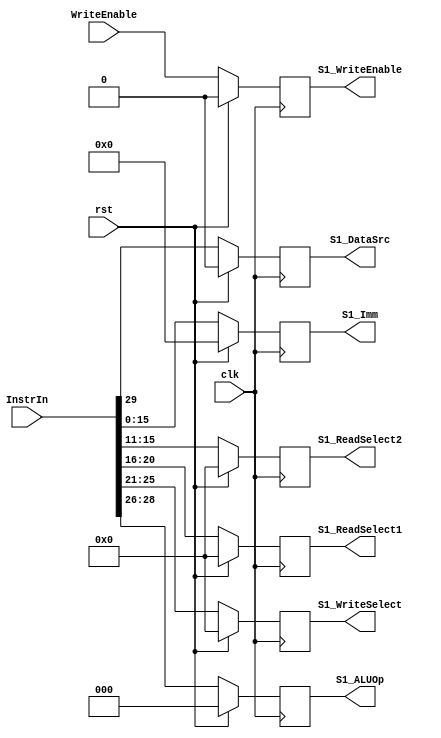
`timescale 1ns / 1ps
//////////////////////////////////////////////////////////////////////////////////
// Company: 
// Engineer: 
// 
// Design Name: 
// Module Name:    S1_Register 
// Project Name: 
// Target Devices: 
// Tool versions: 
// Description: 
//
// Dependencies: 
//
// Revision: 
// Revision 0.01 - File Created
// Additional Comments: 
//
//////////////////////////////////////////////////////////////////////////////////
module S1_Register(
	input clk,
	input rst,
	input [31:0] InstrIn,
	input WriteEnable,
	output reg [4:0] S1_ReadSelect1,
	output reg [4:0] S1_ReadSelect2,
	output reg [15:0] S1_Imm,
	output reg S1_DataSrc,
	output reg [2:0] S1_ALUOp,
	output reg [4:0] S1_WriteSelect,
	output reg S1_WriteEnable
   );

	always@(posedge clk)
		begin
		if (rst)
			begin
			S1_ReadSelect1 <= 5'd0;
			S1_ReadSelect2 <= 5'd0;
			S1_Imm <= 16'd0;
			S1_DataSrc <= 1'd0;
			S1_ALUOp <= 3'd0;
			S1_WriteSelect <= 5'd0;
			S1_WriteEnable <= 1'b0;
			end
		else
			begin
			S1_ReadSelect1 <= InstrIn[20:16];
			S1_ReadSelect2 <= InstrIn[15:11];
			S1_WriteSelect <= InstrIn[25:21];
			S1_Imm <= InstrIn[15:0];
			S1_ALUOp <= InstrIn[28:26];
			S1_DataSrc <= InstrIn[29];
			S1_WriteEnable <= WriteEnable;                                                                                                                                                                                                                                                                                                 
			end
		end
  endmodule